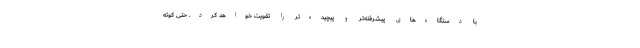
با دستگاه‌های پیشرفته‌تر و پیچیده‌تر را تقویت خواهد کرد. حتی کوته